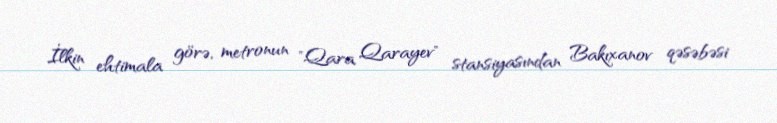
İlkin ehtimala görə, metronun "Qara Qarayev" stansiyasından Bakıxanov qəsəbəsi